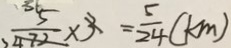
= \frac { 5 } { 2 4 } ( k m )